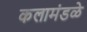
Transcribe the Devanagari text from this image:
कलामंडळे